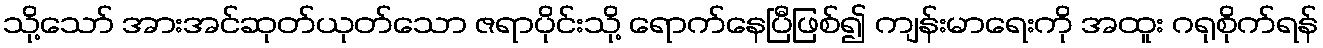
သို့သော် အားအင်ဆုတ်ယုတ်သော ဇရာပိုင်းသို့ ရောက်နေပြီဖြစ်၍ ကျန်းမာရေးကို အထူး ဂရုစိုက်ရန်